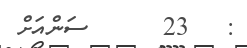
:   23      ސަންއަށް